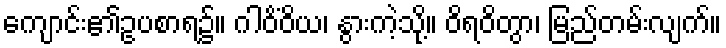
ကျောင်း၏ဥပစာရ၌။ ဂါဝိံဝိယ၊ နွားကဲ့သို့။ ဝိရဝိတွာ၊ မြည်တမ်းလျက်။